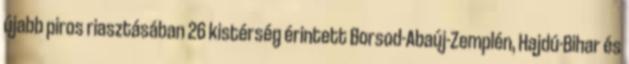
újabb piros riasztásában 26 kistérség érintett Borsod-Abaúj-Zemplén, Hajdú-Bihar és